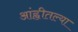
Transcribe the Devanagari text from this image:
आंह्वीतल्या